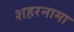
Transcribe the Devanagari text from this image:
शहरनामा